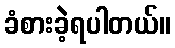
ခံစားခဲ့ရပါတယ်။